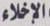
الإخلاء